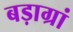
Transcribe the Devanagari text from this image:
बड़ाग्रां